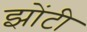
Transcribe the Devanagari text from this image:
झोंटी